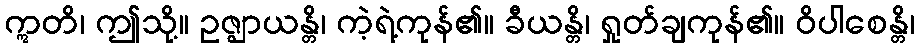
ဣတိ၊ ဤသို့။ ဥဇ္ဈာယန္တိ၊ ကဲ့ရဲ့ကုန်၏။ ခီယန္တိ၊ ရှုတ်ချကုန်၏။ ဝိပါစေန္တိ၊